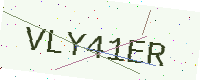
Text: VLY41ER